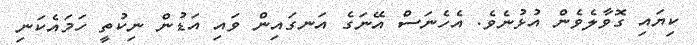
ކިޔައި ގޮވާލެވެން އުޅުނެވެ. އެހެނަސް އޭނަގެ އަނގައިން ވައި އަޑުން ނިކުތީ ހަމައެކަނި